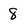
Character: 8